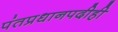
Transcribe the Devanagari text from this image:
पंतप्रधानपदीही